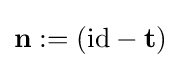
\mathbf {n} :=({\text{id}}-\mathbf {t} )